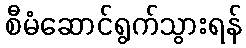
စီမံဆောင်ရွက်သွားရန်